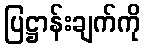
ပြဋ္ဌာန်းချက်ကို